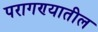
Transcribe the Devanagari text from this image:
परागण्यातील